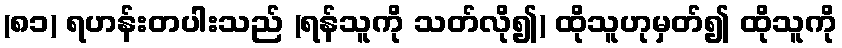
(၈၁) ရဟန်းတပါးသည် (ရန်သူကို သတ်လို၍) ထိုသူဟုမှတ်၍ ထိုသူကို